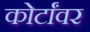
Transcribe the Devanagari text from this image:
कोर्टांवर